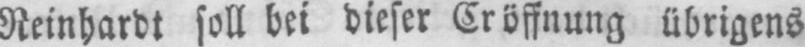
Reinhardt soll bei dieser Cröffnung übrigens